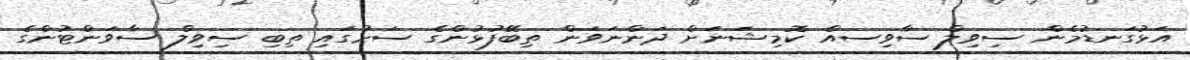
އަޅުގަނޑުމެން ސިވިލް ސާވިސއް ކޮމިޝަނަށް ދަންނަވަން ތިބޭފުޅުންގެ ސަށުގައި ތިބި ސިވިލް ސާވަންޓުންގެ